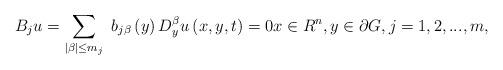
LaTeX: \begin{align*}B_{j}u=\sum\limits_{\left\vert \beta \right\vert \leq m_{j}}\ b_{j\beta}\left( y\right) D_{y}^{\beta }u\left( x,y,t\right) =0x\in R^{n},y\in \partial G,j=1,2,...,m, \end{align*}